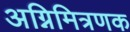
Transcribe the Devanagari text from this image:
अग्निमित्रणक